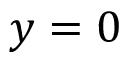
y = 0